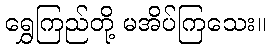
ရွှေကြည်တို့ မအိပ်ကြသေး။